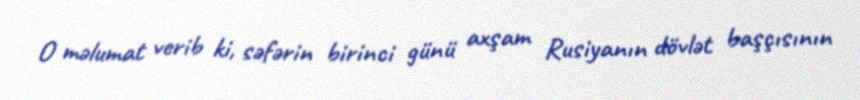
O məlumat verib ki, səfərin birinci günü axşam Rusiyanın dövlət başçısının